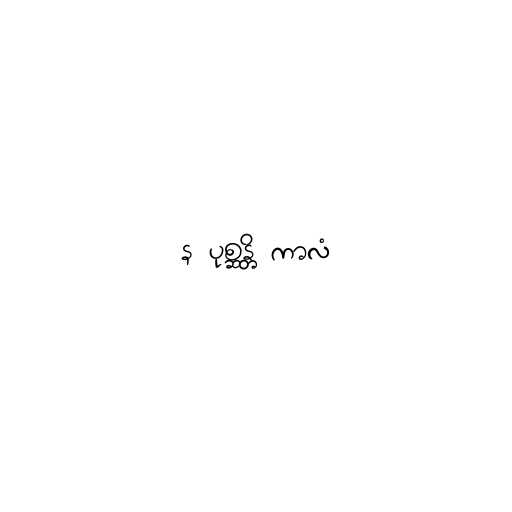
န ပုစ္ဆန္တိ ကာလံ